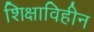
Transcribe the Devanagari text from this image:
शिक्षाविहीन